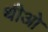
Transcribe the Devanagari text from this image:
थीओ